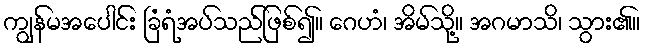
ကျွန်မအပေါင်း ခြံရံအပ်သည်ဖြစ်၍။ ဂေဟံ၊ အိမ်သို့။ အဂမာသိ၊ သွား၏။